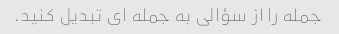
جمله را از سؤالی به جمله ای تبدیل کنید.